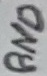
Text: GND